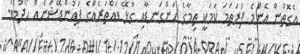
އެގޮތުން އެންމެ ފުރަތަމަ ކަމަކީ ތިމާގެ ހަންގަނޑާއި ގުޅޭ ވައްތަރެއްގެ ފައުންޑޭޝަނެއް ހޯދުމެވެ.